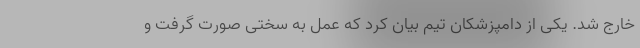
خارج شد. یکی از دامپزشکان تیم بیان کرد که عمل به سختی صورت گرفت و